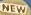
NEW